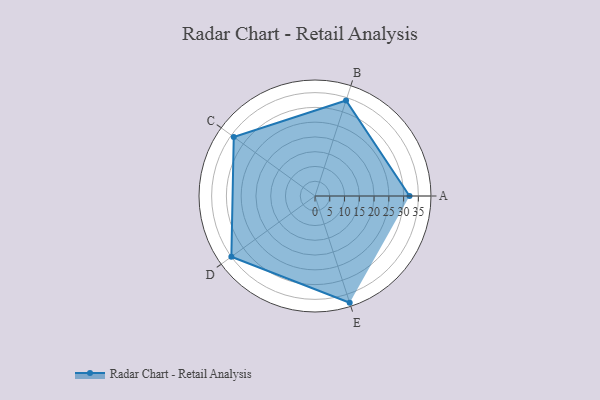
{"axis": {"x": "Skill", "y": "Score"}, "legend": ["Profile"], "data": [{"x": "A", "y": 32.0, "type": "Profile"}, {"x": "B", "y": 34.0, "type": "Profile"}, {"x": "C", "y": 34.0, "type": "Profile"}, {"x": "D", "y": 35.0, "type": "Profile"}, {"x": "E", "y": 38.0, "type": "Profile"}]}